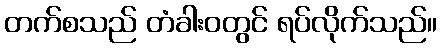
တက်စသည် တံခါးဝတွင် ရပ်လိုက်သည်။